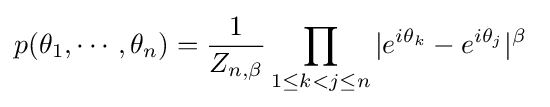
p(\theta _{1},\cdots ,\theta _{n})={\frac {1}{Z_{n,\beta }}}\prod _{1\leq k<j\leq n}|e^{i\theta _{k}}-e^{i\theta _{j}}|^{\beta }~